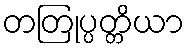
တတြုပ္ပတ္တိယာ